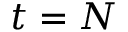
t = N